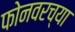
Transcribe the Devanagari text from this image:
फोनवरच्या